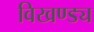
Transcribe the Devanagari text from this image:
विखण्ड्य